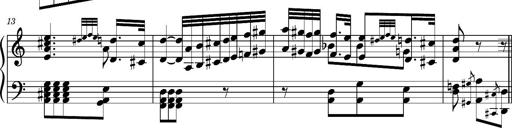
Title: Ungarischer Romanzero
Composer: Franz Liszt